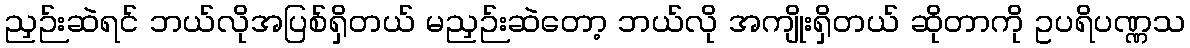
ညှဉ်းဆဲရင် ဘယ်လိုအပြစ်ရှိတယ် မညှဉ်းဆဲတော့ ဘယ်လို အကျိုးရှိတယ် ဆိုတာကို ဥပရိပဏ္ဏသ